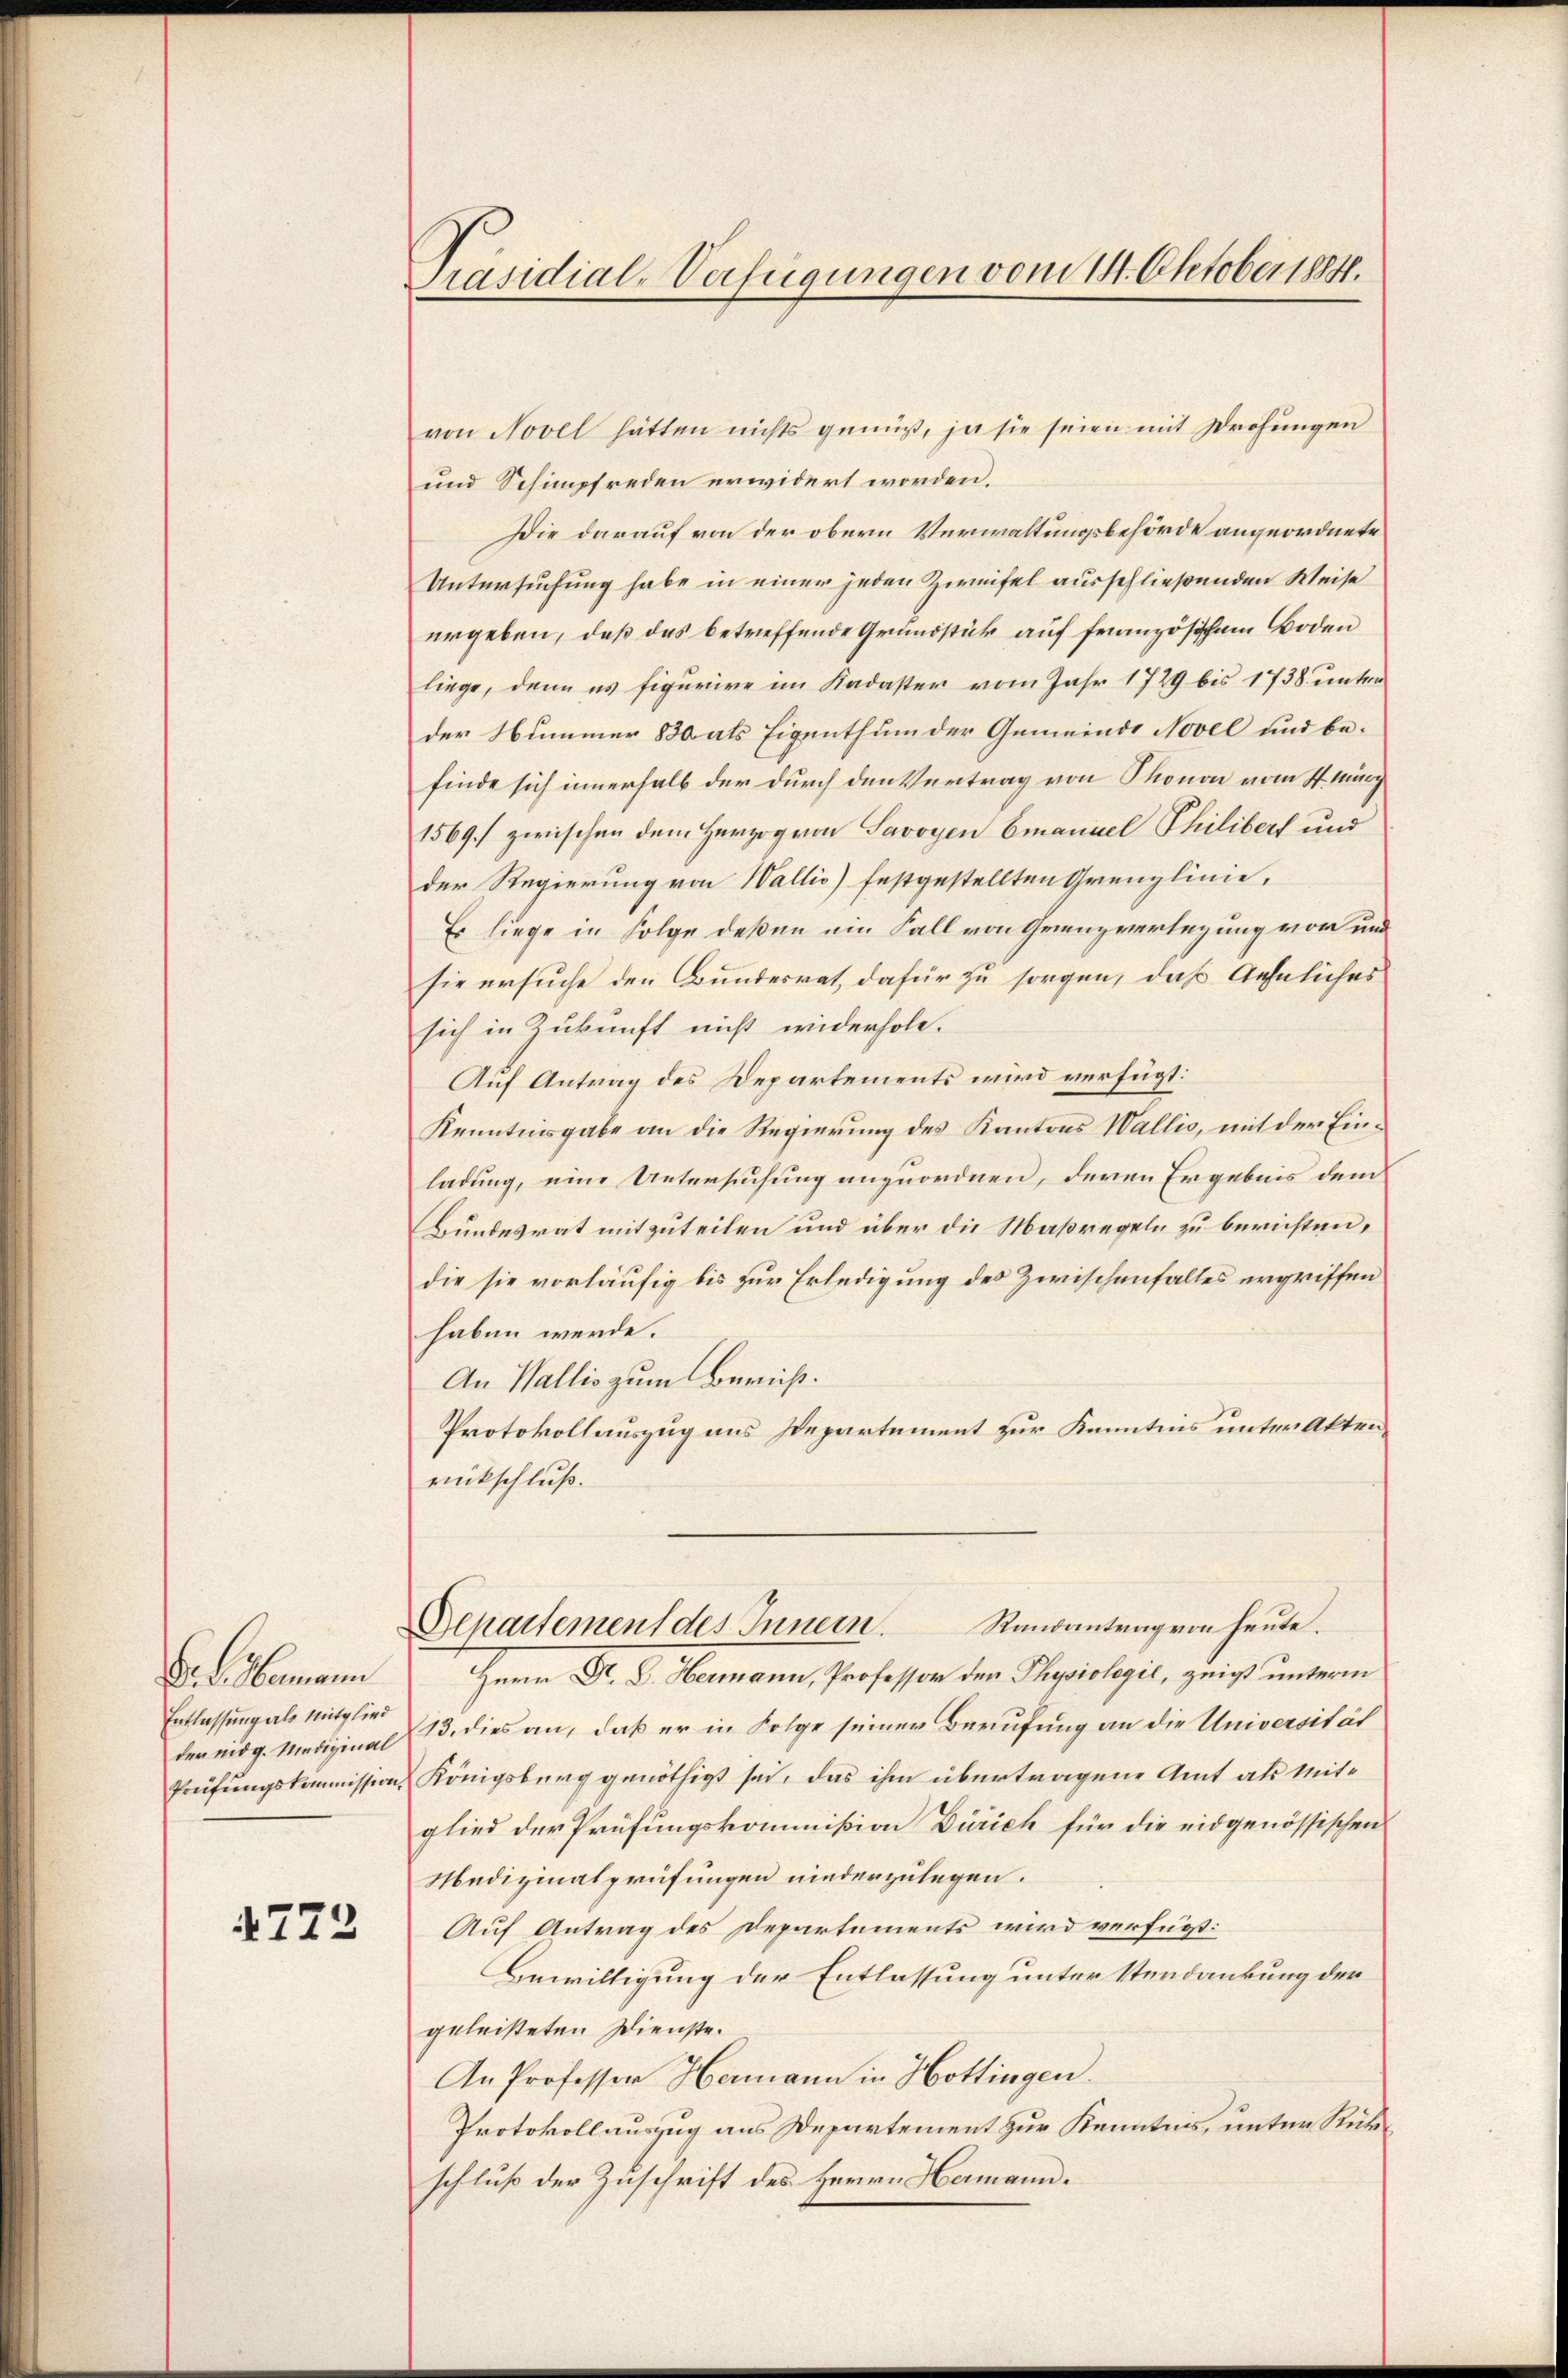
Dr. Hammann
Entlassung als Mitglied
der eidg. Medizinal
Prüfungskommission.

4723

Präsidial-Verfügungen vom 14. Oktober 1841.

von Novel hätten nichts genuß, ja sie seien mit Drohungen
und Schimpfreden erwidert worden.
Die darauf von der obern Verwaltungsbehörde angeordnete
Untersuchung habe in einer jeden Zweifel ausschließenden Weise
ergeben, daß das betreffende Grundstück auf französischem Boden
liege, denn es figurire im Kadaster vom Jahr 1789 bis 1738. unter
der Nummer 830 als Eigenthum der Gemeinde Novel und befinde sich innerhalb der durch den Vertrag von Thonon vom 17. März
1569.) zwischen dem Herzog von Savoyen Emanuel Philibert und
der Regierung von Wallis) festgestellten Grenzlinie,
Es liege in Folge deßen um Fall von Grenzverlegung von und
sie ersuche den Bundesrat, dafür zu sorgen, daß Aehnliches
sich in Zukunft nicht widerhole.
Auf Antrag des Departements wird verfügt:
Kenntnisgabe an die Regierung des Kantons Wallis, mit der Einladung, eine Untersuchung anzuordnen, deren Ergebnis dem
Bundesrat mitzuteilen und über die Maßregeln zu berichten,
die sie vorläufig bis zur Erledigung des Zwischenfalles ergriffen
haben werde.
An Wallis zum Zürich.
Protokollauszug aus Departement zur Kenntnis unter Aktenrückschluß.
Departement des Innern. Randantrag von heute.
Herr Dr. D. Hermann, Professor der Physiologil, zeigt unterm
13. dies an, daß er in Folge seiner Berufung an die Universität
Königsburg genöthigt sei, das ihm übertragene Amt als Mitglied der Prüfungskommißion Zürich für die eidgenössischen
Medizinalprüfungen niederzulegen.
Auf Antrag des Departements wird verfügt:
Bewilligung der Entlassung unter Verdankung der
geleisteten Dienste.
An Professor Hermann in Hottingen.
Protokollauszug aus Departement zur Kenntnis, unter Rükschluß der Zuschrift des Herrn Hermann.